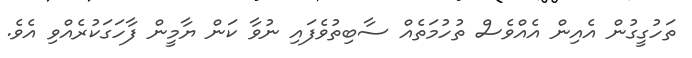
ތަހުގީގުން އެއިން އެއްވެސް ތުހުމަތެއް ސާބިތުވެފައި ނުވާ ކަން ޔާމީން ފާހަގަކުރެއްވި އެވެ.